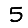
Digit: 5